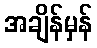
အချိန်မှန်